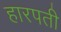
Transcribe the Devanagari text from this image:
हारपती